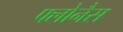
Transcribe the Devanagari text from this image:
फ्लोनैस